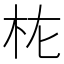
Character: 𭩝